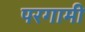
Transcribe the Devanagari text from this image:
परगामी